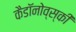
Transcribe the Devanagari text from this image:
कैडाॅनोव्स्की